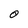
Character: 0